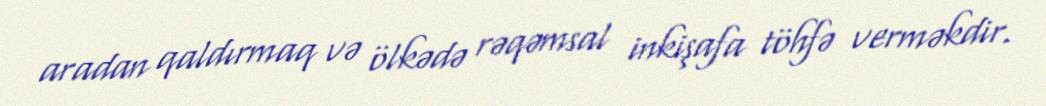
aradan qaldırmaq və ölkədə rəqəmsal inkişafa töhfə verməkdir.